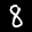
Label: 8